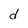
Character: d